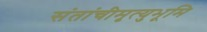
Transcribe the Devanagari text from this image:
संतांचीमृत्युभूमि